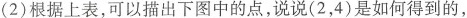
(2)根据上表，可以描出下图中的点，说说(2，4)是如何得到的，